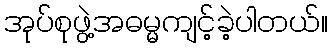
အုပ်စုဖွဲ့အဓမ္မကျင့်ခဲ့ပါတယ်။